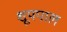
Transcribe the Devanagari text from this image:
शूपपाल